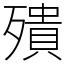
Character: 殨